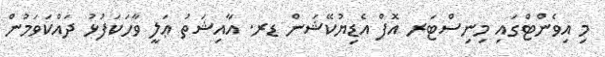
މި އިވެންޓްގައި މިނިސްޓަރ އޮފް އެޑިޔުކޭޝަން ޑރ. އާއިޝަތު ޢަލީ ވާހަކަފުޅު ދައްކަވަމުން